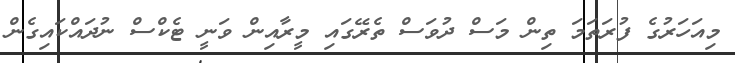
މިއަހަރުގެ ފުރަތަމަ ތިން މަސް ދުވަސް ތެރޭގައި މީރާއިން ވަނީ ޓެކްސް ނުދައްކައިގެން